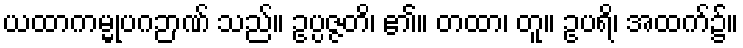
ယထာကမ္မုပဂဉာဏ် သည်။ ဥပ္ပဇ္ဇတိ၊ ၏။ တထာ၊ တူ။ ဥပရိ၊ အထက်၌။